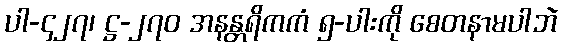
ပါ-၄၂၇၊ ဋ္ဌ-၂၇၀ အနန္တရိကကံ ၅-ပါးကို စေတနာမပါဘဲ